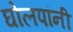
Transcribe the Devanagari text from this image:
घोलपांनी